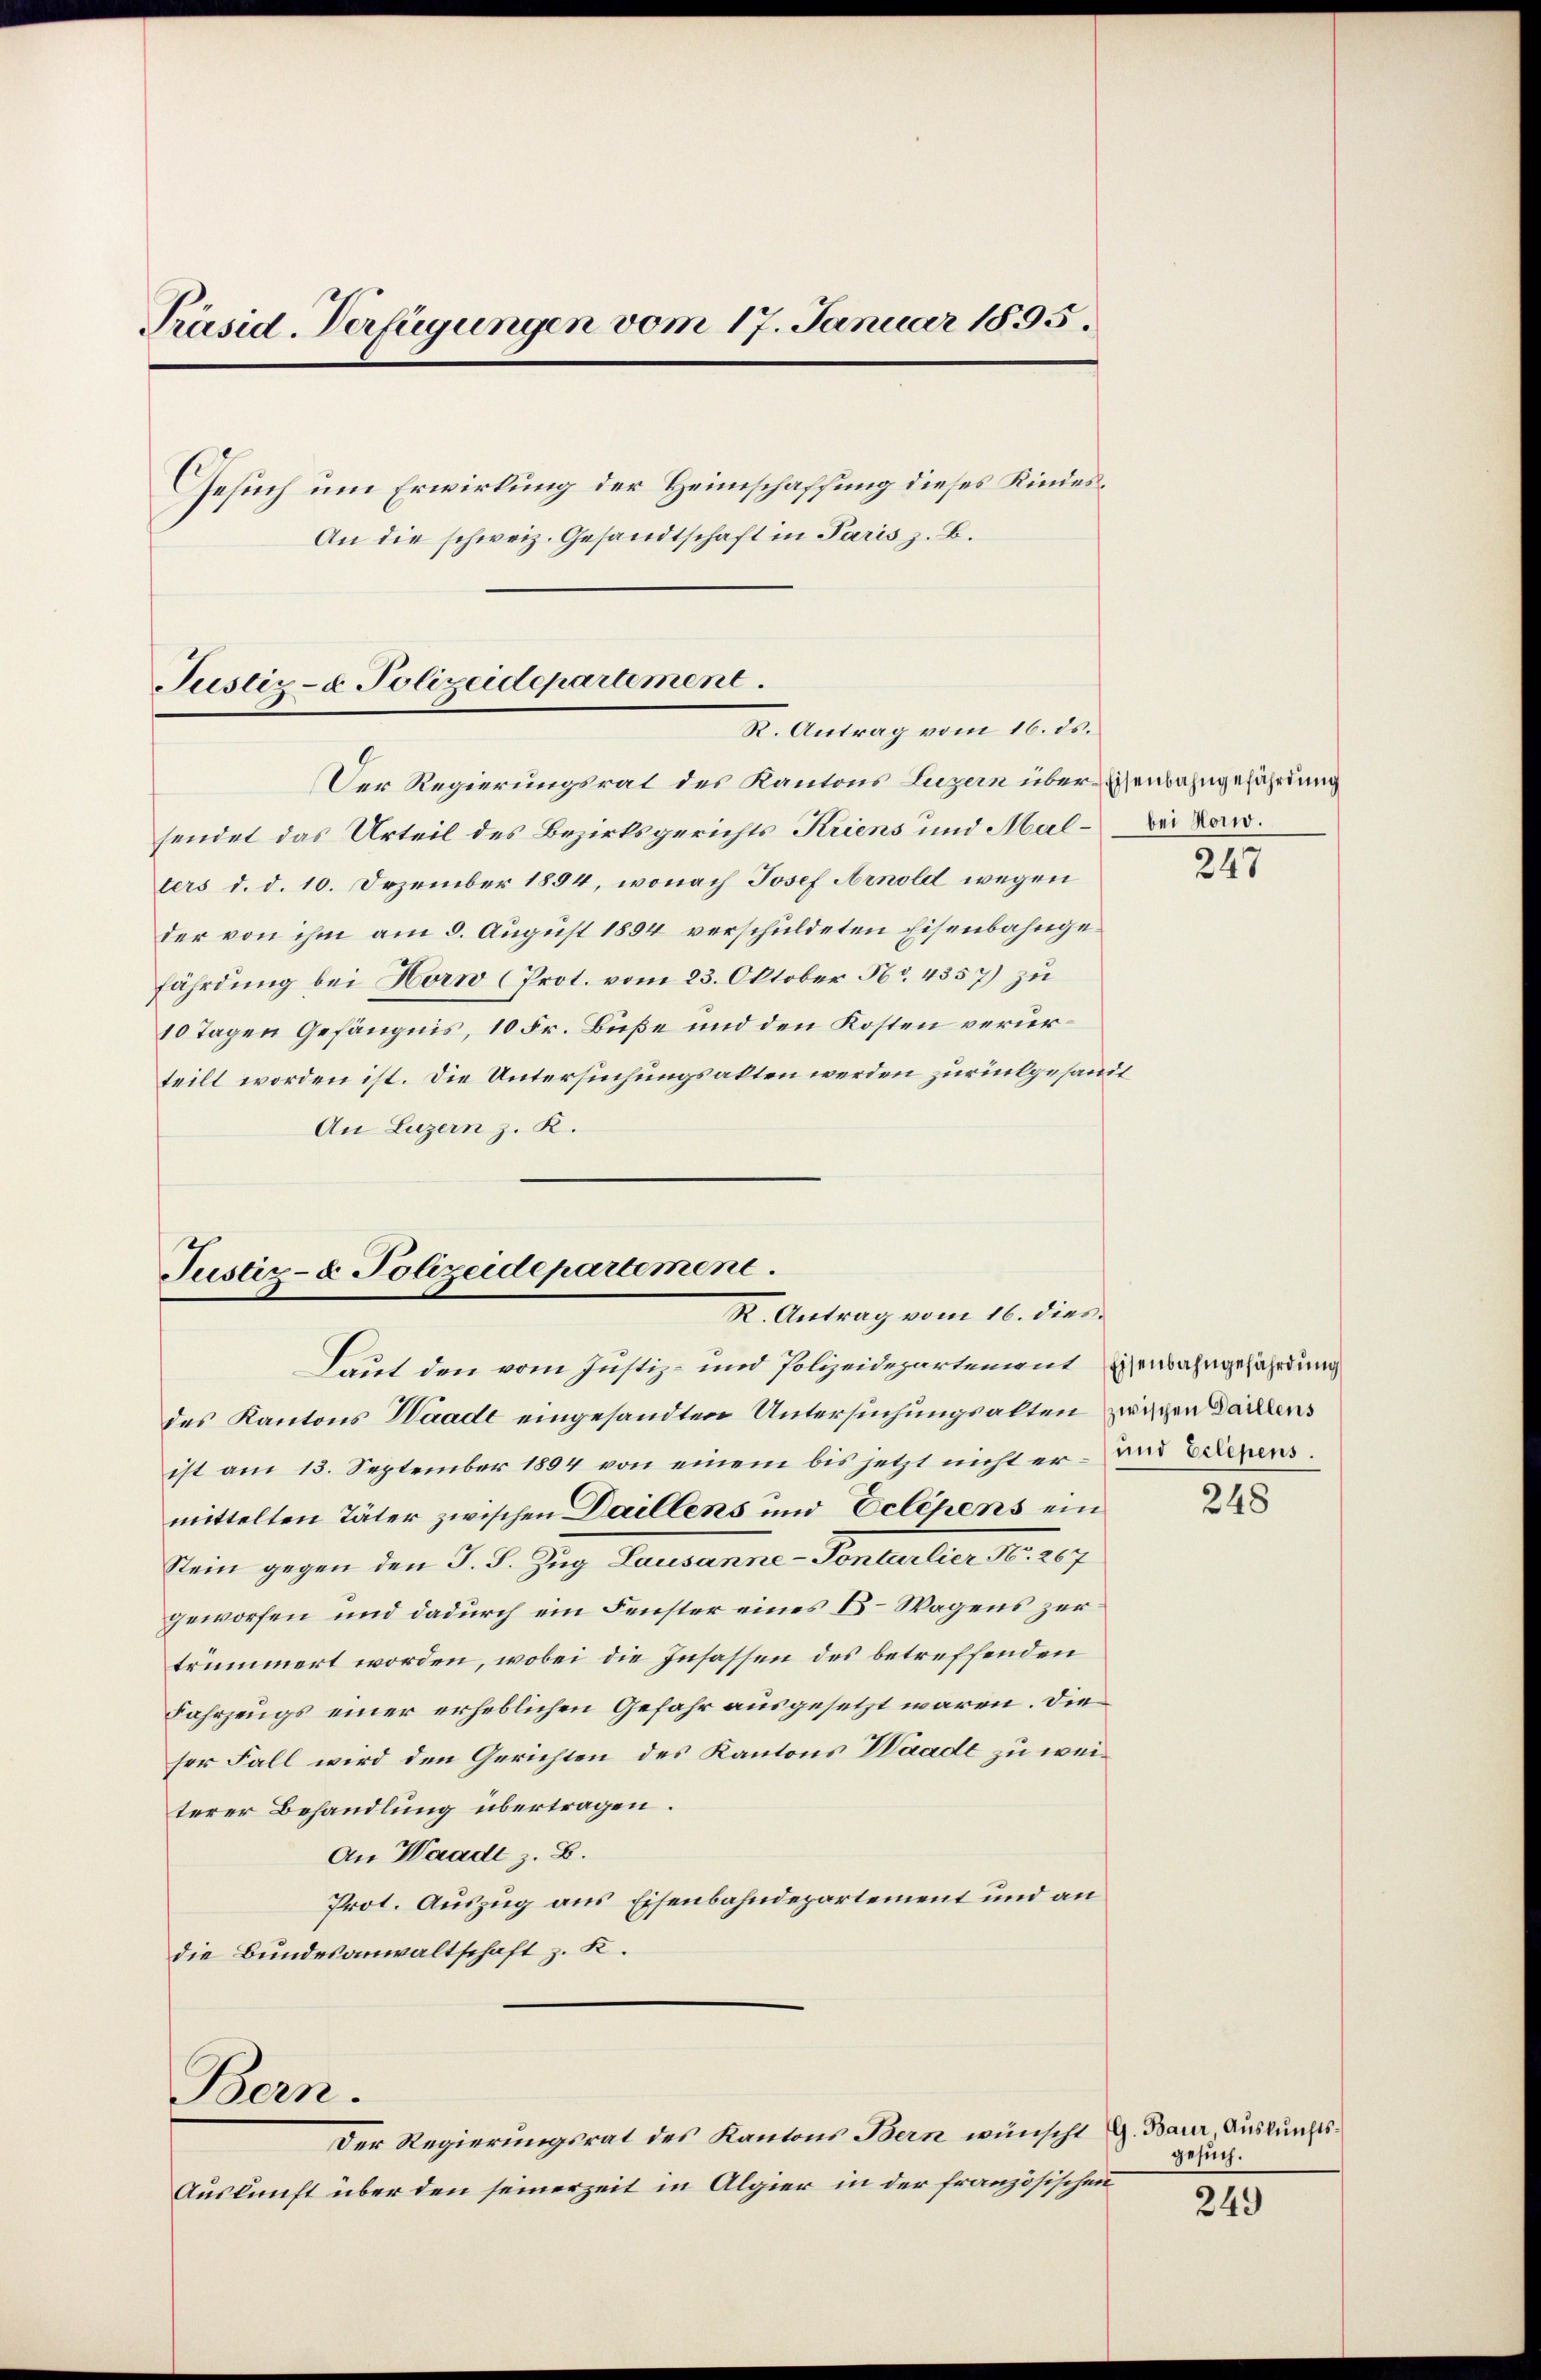
Präsid. Verfügungen vom 17. Januar 1895.
Gesuch um Erwirkung der Heimschaffung dieses Kindes¬
An die schweiz. Gesandtschaft in Paris z. B.

Justiz- & Polizeidepartement.
R. Antrag vom 16. ds.

Justiz- & Polizeidepartement.
R. Antrag vom 16. dies

Bern.

Der Regierungsrat des Kantons Luzern über Eisenbahngefährdung
sendet das Urteil des Bezirksgerichts Kriens und Mal bei Lanters d. d. 10. Dezember 1894, wonach Josef Arnold wegen
der von ihm am 8. August 1894 verschuldeten Eisenbahngefährdung bei Horw (Prot. vom 23. Oktober No. 4357) zu
10 Tagen Gefängnis, 10 Fr. Buße und den Kosten verurteilt worden ist. Die Untersuchungsakten werden zurückgesandt
An Luzern z. K.

Laut den vom Justiz- und Polizeidepartementenbahngefährdung
des Kantons Haade eingesandten Untersuchungsalten zweigen Darlens
ist am 13. September 1894 von einem bis jetzt nicht er- und Verzens.
mittelten Täter zwischen Daillens und Eclipens ein
Stein gegen den J. J. Zug Lausanne-Pontarlier N. 267
geworfen und dadurch ein Fenster eines C. Wagens zertrümmert worden, wobei die Insassen des betreffenden
Fahrzeugs einer erheblichen Gefahr ausgesetzt waren. Die
ser Fall wird den Gerichten des Kantons Waade zu weiterer Behandlung übertragen.
An Waadt z. B.
Prot. Auszug aus Eisenbahndepartement und an
die Bundesanwaltschaft z. K.

Der Regierungsrat des Kantons Bern wünscht G. Bauer, Auskunfts¬
Auskunft über den seinerzeit in Algier in der französischen

247

248

gesuch.

249